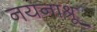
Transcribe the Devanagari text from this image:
नयनाश्रू